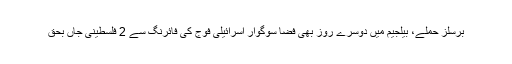
برسلز حملے، بیلجیم میں دوسرے روز بھی فضا سوگوار اسرائیلی فوج کی فائرنگ سے 2 فلسطینی جاں بحق